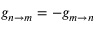
g _ { n \rightarrow m } = - g _ { m \rightarrow n }